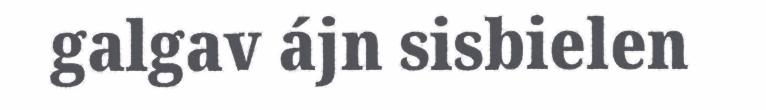
galgav ájn sisbielen